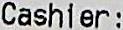
CASHIER: